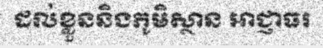
ដល់ខ្លួននិងភូមិស្ថាន អាជ្ញាធរ